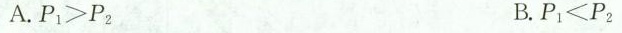
A.$$P_{1}>P{2}$$ B$$.P_{1},P_{2}$$